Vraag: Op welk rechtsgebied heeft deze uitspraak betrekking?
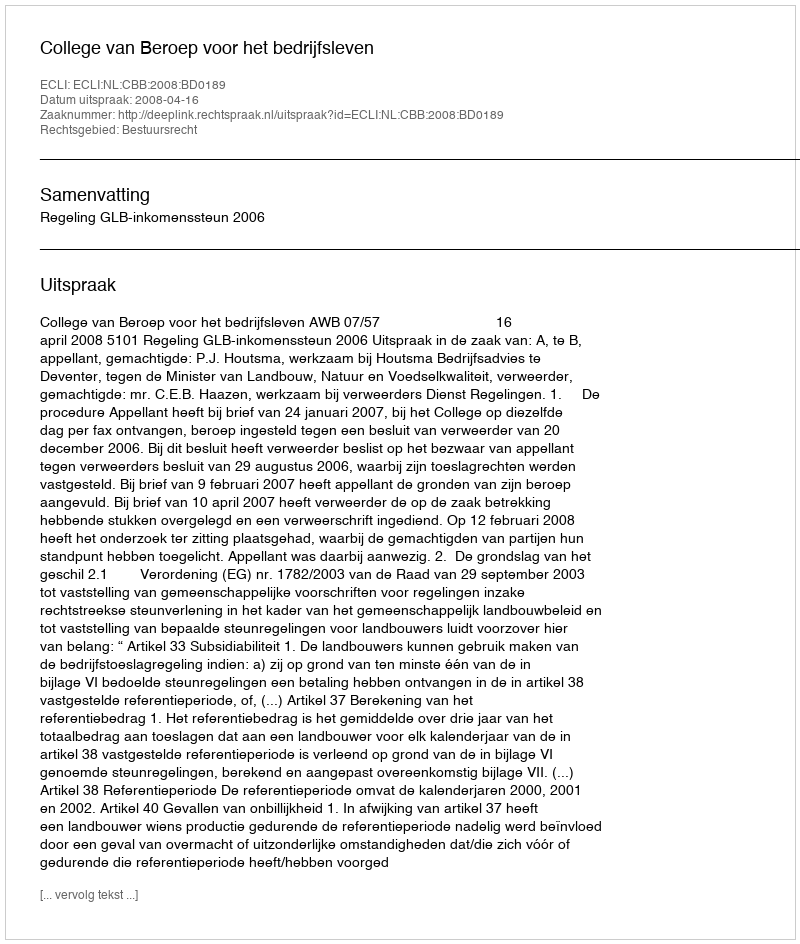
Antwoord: Bestuursrecht